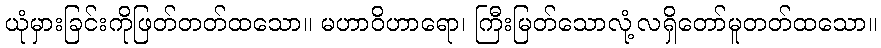
ယုံမှားခြင်းကိုဖြတ်တတ်ထသော။ မဟာဝိဟာရော၊ ကြီးမြတ်သောလုံ့လရှိတော်မူတတ်ထသော။